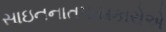
સાઇનનાતપાસકારોએ